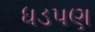
ધડપણ